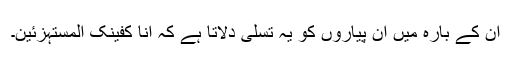
ان کے بارہ میں ان پیاروں کو یہ تسلی دلاتا ہے کہ اِنَّا کَفَیْنٰکَ الْمُسْتَہْزِئِیْنَ۔